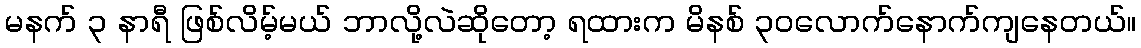
မနက် ၃ နာရီ ဖြစ်လိမ့်မယ် ဘာလို့လဲဆိုတော့ ရထားက မိနစ် ၃၀လောက်နောက်ကျနေတယ်။